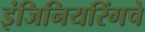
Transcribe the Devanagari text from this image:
इंजिनियरिंगचे